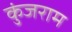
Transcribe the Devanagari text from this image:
कुंजराम